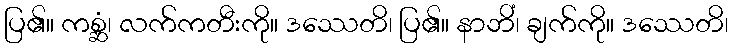
ပြ၏။ ကစ္ဆံ၊ လက်ကတီးကို။ ဒဿေတိ၊ ပြ၏။ နာဘိံ၊ ချက်ကို။ ဒဿေတိ၊